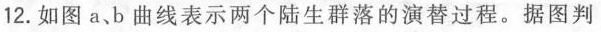
12.如图a b曲线表示两个陆生群落的演替过程。据图判